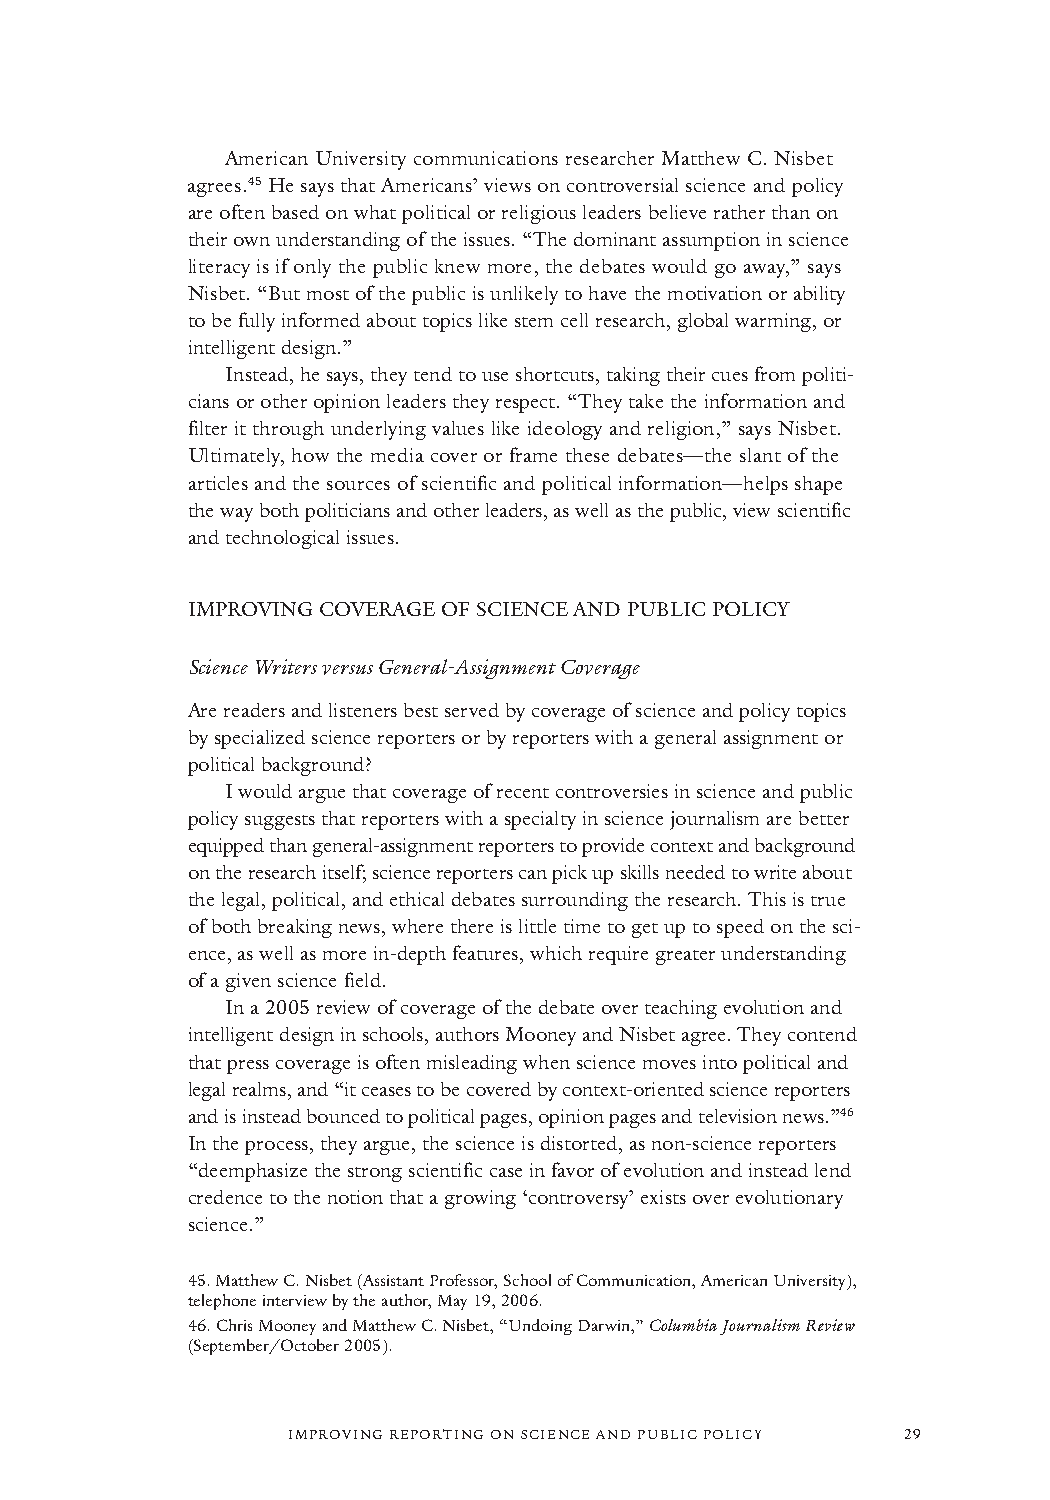
American University communications researcher Matthew C. Nisbet
 agrees.45He says that Americans’ views on controversial science and policy
 are often based on what political or religious leaders believe rather than on
 their own understanding of the issues. “The dominant assumption in science
 literacy is if only the public knew more, the debates would go away,” says
 Nisbet. “But most of the public is unlikely to have the motivation or ability
 to be fully informed about topics like stem cell research, global warming, or
 intelligent design.”
 Instead, he says, they tend to use shortcuts, taking their cues from politi-
 cians or other opinion leaders they respect. “They take the information and
 filter it through underlying values like ideology and religion,” says Nisbet.
 Ultimately, how the media cover or frame these debates—the slant of the
 articles and the sources of scientific and political information—helps shape
 the way both politicians and other leaders, as well as the public, view scientific
 and technological issues.
 IMPROVING COVERAGE OF SCIENCE AND PUBLIC POLICY
 Science Writers versus General-Assignment Coverage
 Are readers and listeners best served by coverage of science and policy topics
 by specialized science reporters or by reporters with a general assignment or
 political background?
 I would argue that coverage of recent controversies in science and public
 policy suggests that reporters with a specialty in science journalism are better
 equipped than general-assignment reporters to provide context and background
 on the research itself; science reporters can pick up skills needed to write about
 the legal, political, and ethical debates surrounding the research. This is true
 of both breaking news, where there is little time to get up to speed on the sci-
 ence, as well as more in-depth features, which require greater understanding
 of a given science field.
 In a 2005 review of coverage of the debate over teaching evolution and
 intelligent design in schools, authors Mooney and Nisbet agree. They contend
 that press coverage is often misleading when science moves into political and
 legal realms, and “it ceases to be covered by context-oriented science reporters
 and is instead bounced to political pages, opinion pages and television news.”46
 In the process, they argue, the science is distorted, as non-science reporters
 “deemphasize the strong scientific case in favor of evolution and instead lend
 credence to the notion that a growing ‘controversy’ exists over evolutionary
 science.”
 45.Matthew C. Nisbet (Assistant Professor, School of Communication, American University),
 telephone interview by the author, May 19, 2006.
 46.Chris Mooney and Matthew C. Nisbet, “Undoing Darwin,” Columbia Journalism Review
 (September/October 2005).
 IMPROVING REPORTING ON SCIENCE AND PUBLIC POLICY 29